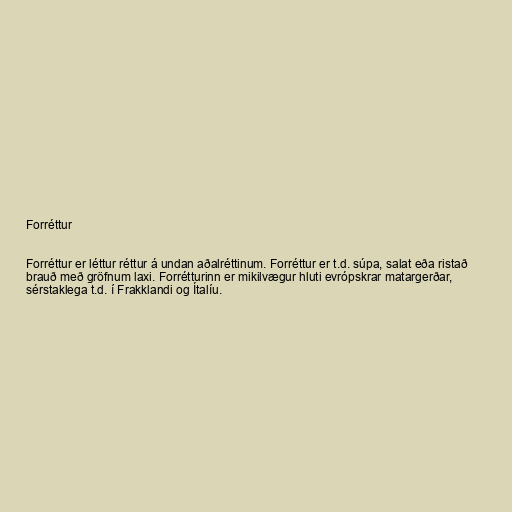
Forréttur

Forréttur er léttur réttur á undan aðalréttinum. Forréttur er t.d. súpa, salat eða ristað
brauð með gröfnum laxi. Forrétturinn er mikilvægur hluti evrópskrar matargerðar,
sérstaklega t.d. í Frakklandi og Ítalíu.